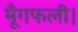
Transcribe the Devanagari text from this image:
मूँगफली।